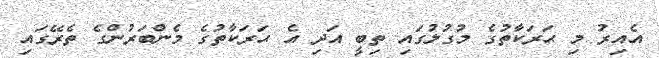
އެއިރު މި ޙަރަކާތުގެ މުގުލުގައި ތިބީ އަދި އެ ޙަރަކާތުގެ މެންބަރުންގެ ތެރޭގައި